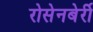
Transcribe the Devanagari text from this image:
रोसेनबेर्री